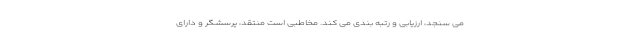
می سنجد، ارزیابی و رتبه بندی می کند. مخاطبی است منتقد، پرسشگر و دارای